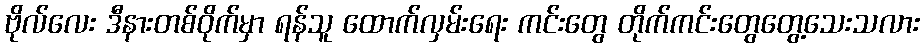
ဗိုလ်လေး ဒီနားတစ်ဝိုက်မှာ ရန်သူ ထောက်လှမ်းရေး ကင်းတွေ တိုက်ကင်းတွေတွေ့သေးသလား